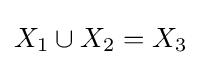
X_{1}\cup X_{2}=X_{3}